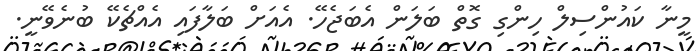
މީނާ ކައުންސިލް ހިންގި ގޮތް ބަލަން އެބަޖެހޭ. އެއަށް ބަލާފައި އެއްޗެކޭ ބުނެވޭނީ.